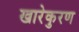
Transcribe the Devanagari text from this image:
खारेकुरण